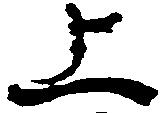
上